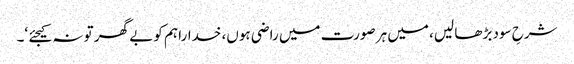
شرحِ سود بڑھا لیں، میں ہر صورت میں راضی ہوں، خدارا ہم کو بے گھر تو نہ کیجئے ‘۔